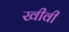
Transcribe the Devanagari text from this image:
खीवी